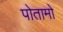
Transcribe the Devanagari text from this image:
पोतामो